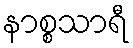
နာစ္စသာရီ